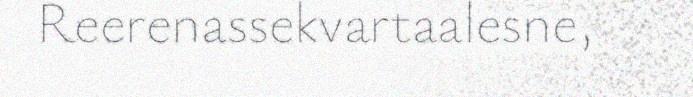
Reerenassekvartaalesne,